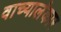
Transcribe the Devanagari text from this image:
वाच्यालंकार